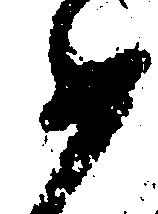
如